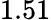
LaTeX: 1.51